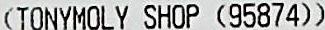
(TONYMOLY SHOP (95874))